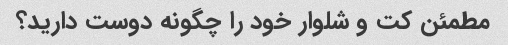
مطمئن کت و شلوار خود را چگونه دوست دارید؟